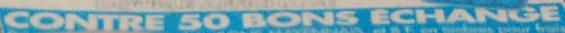
CONTRE 50 BONS ECHANGE